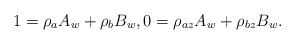
LaTeX: \begin{align*}1=\rho_aA_w+\rho_bB_w,0=\rho_{az}A_w+\rho_{bz}B_w.\end{align*}